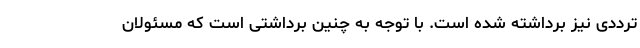
ترددی نیز برداشته شده است. با توجه به چنین برداشتی است که مسئولان